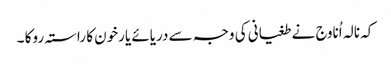
کہ نالہ اُناوج نے طغیانی کی وجہ سے دریائے یارخون کا راستہ روکا ۔